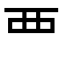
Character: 覀